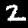
Label: 2